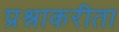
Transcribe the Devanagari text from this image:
प्रश्नाकरीता